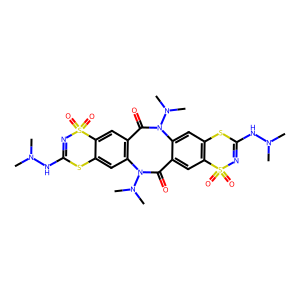
SMILES: CN(C)NC1=NS(=O)(=O)c2cc3c(cc2S1)N(N(C)C)C(=O)c1cc2c(cc1N(N(C)C)C3=O)SC(NN(C)C)=NS2(=O)=O
Inhibits HIV replication: No